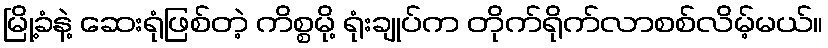
မြို့ခံနဲ့ ဆေးရုံဖြစ်တဲ့ ကိစ္စမို့ ရုံးချုပ်က တိုက်ရိုက်လာစစ်လိမ့်မယ်။